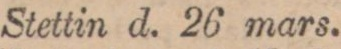
Stettin d. 26 mars.